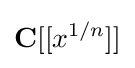
\mathbf {C} [[x^{1/n}]]